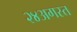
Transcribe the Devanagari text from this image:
२४अगस्त